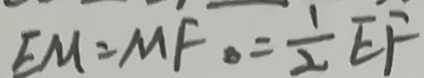
E M = M F \cdot = \frac { 1 } { 2 } E F